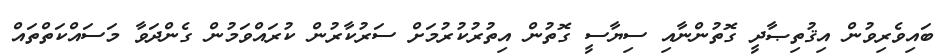
ބައިވެރިވުން އިޤުތިޞާދީ ގޮތުންނާއި ސިޔާސީ ގޮތުން އިތުރުކުރުމަށް ސަރުކާރުން ކުރައްވަމުން ގެންދަވާ މަސައްކަތްތައް